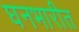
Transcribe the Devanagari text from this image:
घनभारीत